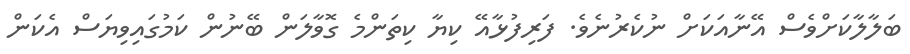
ބަލާލާކަށްވެސް އޭނާއަކަށް ނުކެރުނެވެ. ފަރިފުޅާއޭ ކިޔާ ކިތަންމެ ގޮވާލަން ބޭނުން ކަމުގައިވިޔަސް އެކަން